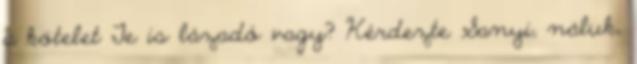
a kötelet Te is lázadó vagy? Kérdezte Sanyi, náluk,